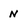
Character: N